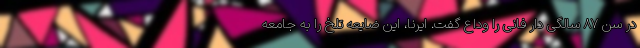
در سن ۸۷ سالگی دار فانی را وداع گفت. ایرنا، این ضایعه تلخ را به جامعه